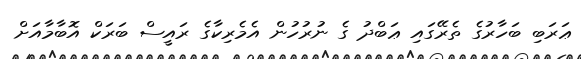
ޢަރަބި ބަހާރުގެ ތެރޭގައި ޢަބްދު ގެ ނުރުހުން އެމެރިކާގެ ރައީސް ބަރަކް އޮބާމާއަށް